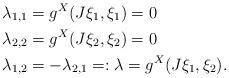
LaTeX: \begin{align*}\lambda_{1,1}&=g^X(J\xi_1,\xi_1)=0\\\lambda_{2,2}&=g^X(J\xi_2,\xi_2)=0\\\lambda_{1,2}&=-\lambda_{2,1}=:\lambda=g^X(J\xi_1,\xi_2).\end{align*}